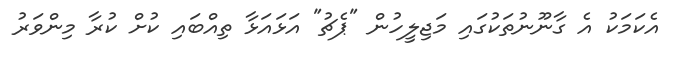
އެކަމަކު އެ ގާނޫނުތަކުގައި މަޖިލީހުން "ޕެޗު" އަޅައަޅާ ތިއްބައި ކުށް ކުރާ މިންވަރު